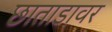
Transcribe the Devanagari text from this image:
छाताडावर